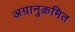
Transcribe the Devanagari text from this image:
अग्रानुक्रमित